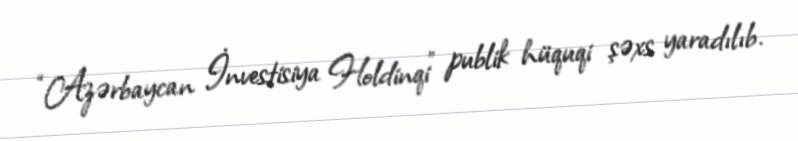
“Azərbaycan İnvestisiya Holdinqi” publik hüquqi şəxs yaradılıb.